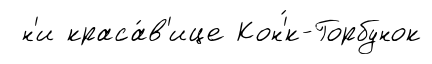
н'и краса́в'ице Кон'́к-Горбунок